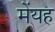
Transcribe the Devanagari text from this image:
मेंयह